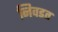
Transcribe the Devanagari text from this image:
निवडत